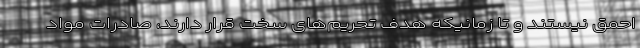
احمق نیستند و تا زمانیکه هدف تحریم‌های سخت قرار دارند، صادرات مواد